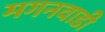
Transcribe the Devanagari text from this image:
मगनवाडी